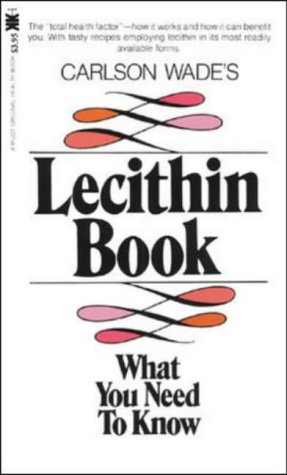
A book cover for Lecithin Book; Carlson Wade; Medical Books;